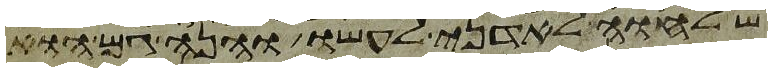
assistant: שלוחה לאדני לעשו והנה גם הוא